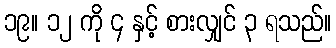
၁၉။ ၁၂ ကို ၄ နှင့် စားလျှင် ၃ ရသည်။